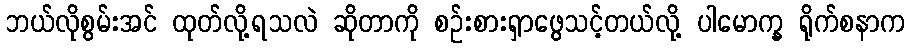
ဘယ်လိုစွမ်းအင် ထုတ်လို့ရသလဲ ဆိုတာကို စဉ်းစားရှာဖွေသင့်တယ်လို့ ပါမောက္ခ ရိုက်စနာက